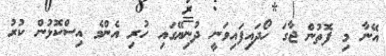
އޭނާ މި ފޮތުން ޖާގަ ހޯދައިފައިވަނީ ދުނިޔޭގައި ހުރި އެންމެ އިސްކޮޅުން ކުރު